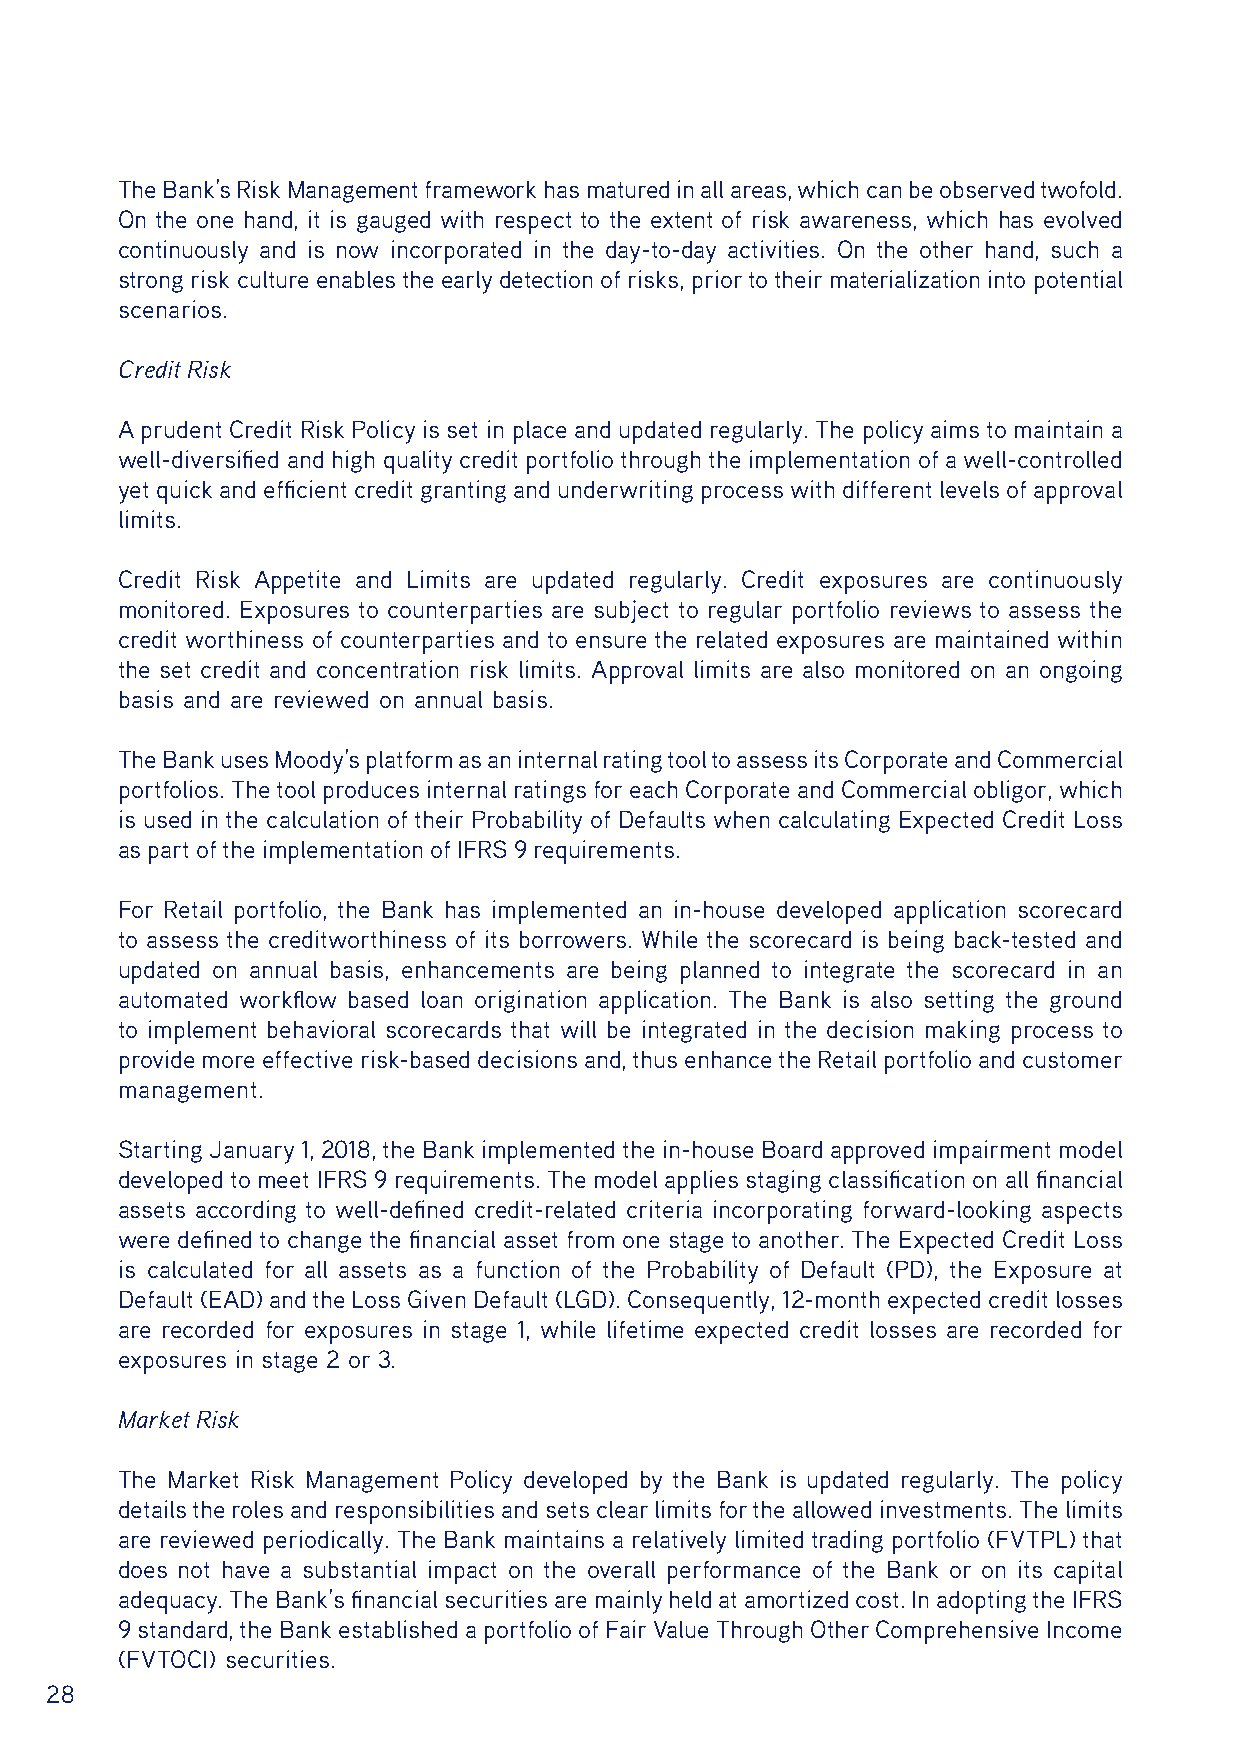
The Bank’s Risk Management framework has matured in all areas, which can be observed twofold.
 On the one hand, it is gauged with respect to the extent of risk awareness, which has evolved
 continuously and is now incorporated in the day-to-day activities. On the other hand, such a
 strong risk culture enables the early detection of risks, prior to their materialization into potential
 scenarios.
 Credit Risk
 A prudent Credit Risk Policy is set in place and updated regularly. The policy aims to maintain a
 well-diversified and high quality credit portfolio through the implementation of a well-controlled
 yet quick and efficient credit granting and underwriting process with different levels of approval
 limits.
 Credit Risk Appetite and Limits are updated regularly. Credit exposures are continuously
 monitored. Exposures to counterparties are subject to regular portfolio reviews to assess the
 credit worthiness of counterparties and to ensure the related exposures are maintained within
 the set credit and concentration risk limits. Approval limits are also monitored on an ongoing
 basis and are reviewed on annual basis.
 The Bank uses Moody’s platform as an internal rating tool to assess its Corporate and Commercial
 portfolios. The tool produces internal ratings for each Corporate and Commercial obligor, which
 is used in the calculation of their Probability of Defaults when calculating Expected Credit Loss
 as part of the implementation of IFRS 9 requirements.
 For Retail portfolio, the Bank has implemented an in-house developed application scorecard
 to assess the creditworthiness of its borrowers. While the scorecard is being back-tested and
 updated on annual basis, enhancements are being planned to integrate the scorecard in an
 automated workflow based loan origination application. The Bank is also setting the ground
 to implement behavioral scorecards that will be integrated in the decision making process to
 provide more effective risk-based decisions and, thus enhance the Retail portfolio and customer
 management.
 Starting January 1, 2018, the Bank implemented the in-house Board approved impairment model
 developed to meet IFRS 9 requirements. The model applies staging classification on all financial
 assets according to well-defined credit-related criteria incorporating forward-looking aspects
 were defined to change the financial asset from one stage to another. The Expected Credit Loss
 is calculated for all assets as a function of the Probability of Default (PD), the Exposure at
 Default (EAD) and the Loss Given Default (LGD). Consequently, 12-month expected credit losses
 are recorded for exposures in stage 1, while lifetime expected credit losses are recorded for
 exposures in stage 2 or 3.
 Market Risk
 The Market Risk Management Policy developed by the Bank is updated regularly. The policy
 details the roles and responsibilities and sets clear limits for the allowed investments. The limits
 are reviewed periodically. The Bank maintains a relatively limited trading portfolio (FVTPL) that
 does not have a substantial impact on the overall performance of the Bank or on its capital
 adequacy. The Bank’s financial securities are mainly held at amortized cost. In adopting the IFRS
 9 standard, the Bank established a portfolio of Fair Value Through Other Comprehensive Income
 (FVTOCI) securities.
 28